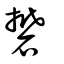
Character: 礬